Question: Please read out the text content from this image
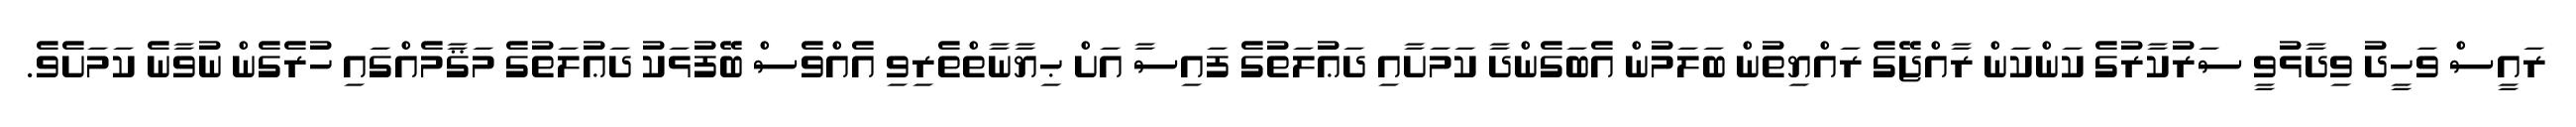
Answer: ރައީސް ވަހީދު ވިދާޅުވީ ސަރުކާރުގެ ކަންކަން ރާއްޖޭގެ ރައްޔިތުން ބަލަމުން އެބަގެންދާ ކަމަށާއި ދަޢުލަތުގެ ފައިސާ އަށް ޙިޔާނާތްތެރިވި އެއްވެސް ބޭފުޅަކު ދަޢުލަތުގެ މަޤާމެއްގައި ހުރެގެން ނުވާނެ ކަމަށެވެ.